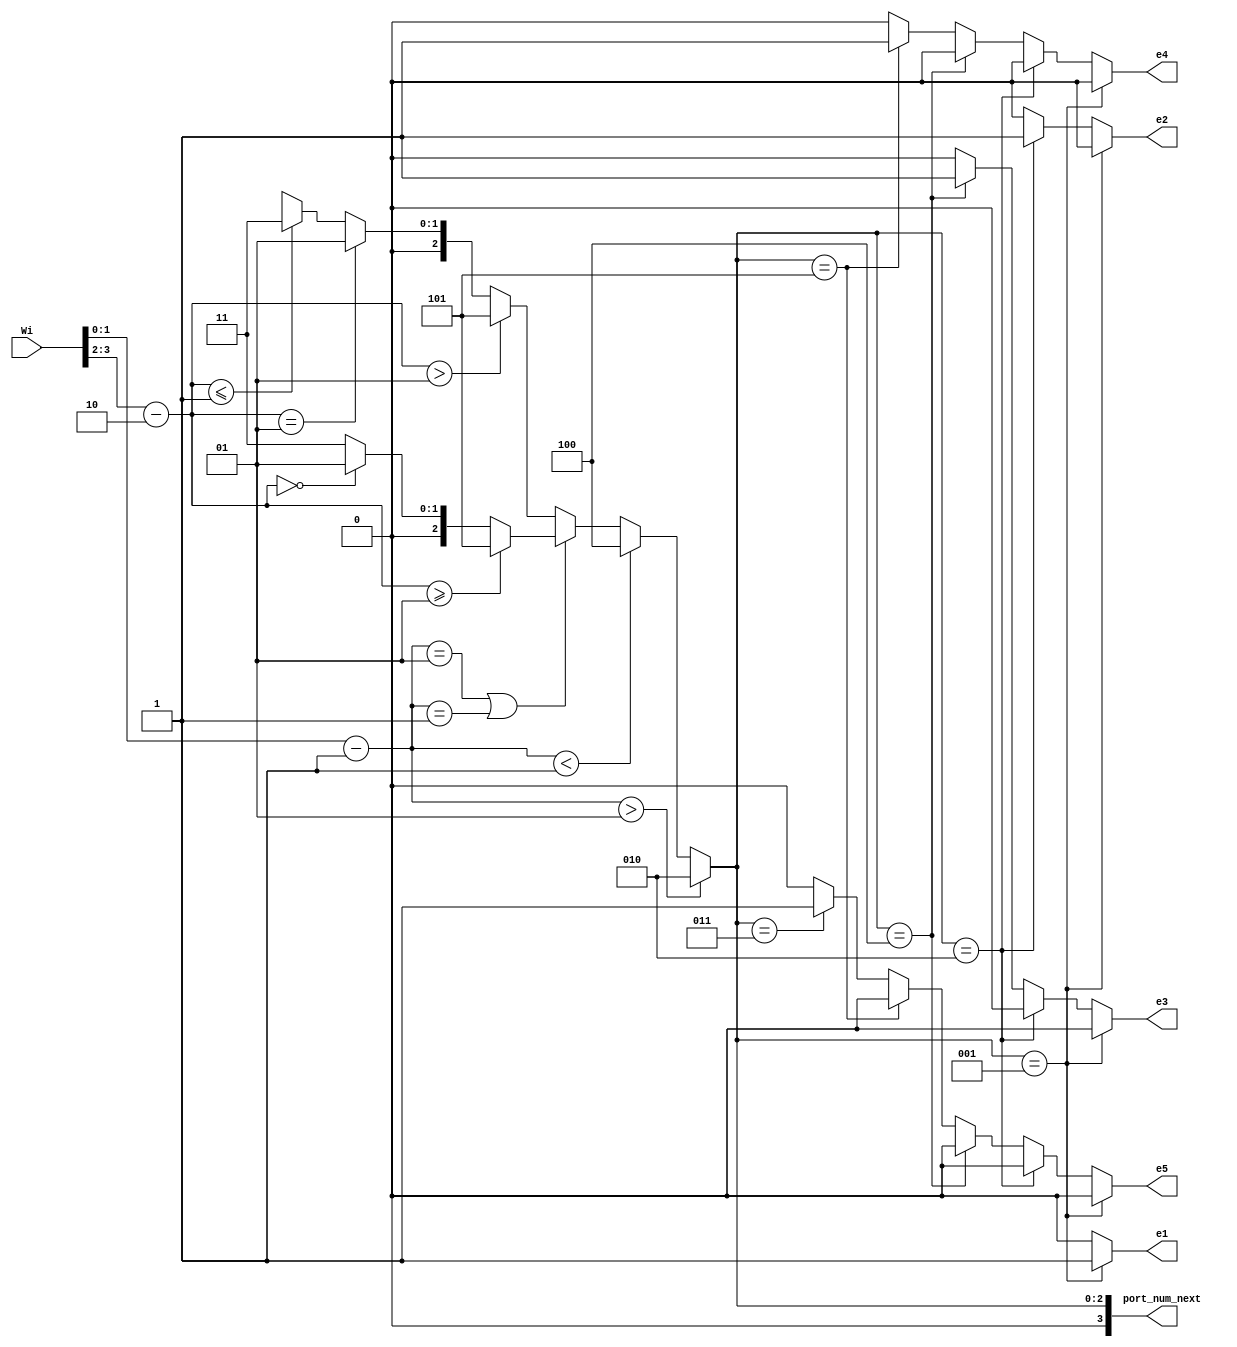
`timescale 1ns / 1ps
//////////////////////////////////////////////////////////////////////////////////
// Company: 
// Engineer: 
// 
// Design Name: 
// Module Name:    compute2 
// Project Name: 
// Target Devices: 
// Tool versions: 
// Description: 
//
// Dependencies: 
//
// Revision: 
// Revision 0.01 - File Created
// Additional Comments: 
//
//////////////////////////////////////////////////////////////////////////////////
module computeR12( Wi,port_num_next, e1,e2,e3,e4,e5
		); //,);

input wire[7:0] Wi;
//output [3:0] Lo, Eo, Wo, No, So;
output [3:0] port_num_next;
wire [3:0]  Lo, Eo, Wo, No, So;
output reg e1,e2,e3,e4,e5;

  assign Lo    =        3'd1;  
assign Eo  =          3'd2;
   assign No    =        3'd3;  
    assign Wo    =        3'd4;  
  assign So   =         3'd5;  
   //assign HDR_FLIT =  2'b10;
 //  assign BODY_FLIT = 2'b00;
  // assign  TAIL_FLIT = 2'b01;
	 
	localparam X_NODE_NUM                    =    4;
   localparam Y_NODE_NUM                    =    4;
   localparam X_NODE_NUM_WIDTH            =    2;
   localparam Y_NODE_NUM_WIDTH            =    2;
	localparam X_S_Adress                  = 1;
	localparam Y_S_Adress                  = 2;
	
	// input   
	wire  [X_NODE_NUM_WIDTH-1        :0]    dest_x_node_in;
//    input  
	wire   [Y_NODE_NUM_WIDTH-1        :0]    dest_y_node_in;
	//output    [3:0]    port_num_out;
	reg [3:0]    port_num_next;
    
	  wire signed [X_NODE_NUM_WIDTH        :0] xc;//current
    wire signed [X_NODE_NUM_WIDTH        :0] xd;//destination
    wire signed [Y_NODE_NUM_WIDTH        :0] yc;//current
    wire signed [Y_NODE_NUM_WIDTH        :0] yd;//destination
    wire signed [X_NODE_NUM_WIDTH        :0] xdiff;
    wire signed [Y_NODE_NUM_WIDTH        :0] ydiff;
    
	 assign dest_x_node_in=Wi[1:0];
	 assign dest_y_node_in=Wi[3:2];
	 
    assign     xc     =X_S_Adress [X_NODE_NUM_WIDTH-1        :0];
    assign     yc     =Y_S_Adress[Y_NODE_NUM_WIDTH-1        :0];
    assign    xd        =dest_x_node_in;
    assign    yd     = dest_y_node_in;
    assign     xdiff    = xd-xc;
    assign    ydiff    = yd-yc;
    
	 
    
    always@(*)begin
     // port_num_next    = Lo;
           if                (xdiff    >  1)        port_num_next    = Eo;
         else if        (xdiff    < -1)        port_num_next    = Wo;
            else if        (xdiff    ==    1 || xdiff    ==    -1     )
			begin
                if            (ydiff    >= 1)        port_num_next    = So;
                else if     (ydiff    ==    0)        port_num_next    = Lo;
                else                                 port_num_next    = No;
           end  // xdiff    ==    1 || xdiff    ==    -1     
            else begin //xdiff ==0
              if            (ydiff    >    1)        port_num_next    = So;
                else if    (ydiff    ==    1)        port_num_next    = Lo;
            //   else if    (ydiff    ==-1)        port_num_next    = L;
                else if    (ydiff    <= -1)        port_num_next    = No;
               else                                 port_num_next    = 1'bx; //xdiff ==0
          end //else
    end
	 //assign    port_num_out= port_num_next;
	 always@(*)begin
	 if(port_num_next== Lo)  begin 
	 e1=1; 
	 e2=0;
	 e3=0;
	 e4=0;
	 e5=0;
	 end
	else if (port_num_next== Eo) begin e1=0; 
	 e2=1;
	 e3=0;
	 e4=0;
	 e5=0;
	 end
	else if (port_num_next==Wo) 
	begin 
	 e1=0; 
	 e2=0;
	 e3=1;
	 e4=0;
	 e5=0;
	 end
	else if(port_num_next==So) begin e1=0; 
	 e2=0;
	 e3=0;
	 e4=1;
	 e5=0;
	 end
 else    if(port_num_next==No)   begin e1=0; 
	 e2=0;
	 e3=0;
	 e4=0;
	 e5=1;
 end
 else begin e1=0; 
	 e2=0;
	 e3=0;
	 e4=0;
	 e5=0;
 end 
 end 
endmodule